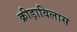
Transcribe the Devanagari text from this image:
क्रीड़ाविलास